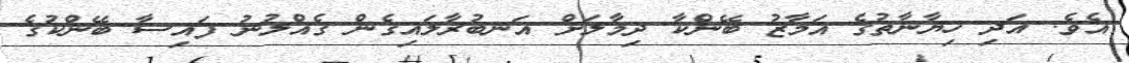
އެވެ. އަދި ހިޔާނާތުގެ އަމާޒު ބޭންކާ ދިމާލަށް އަނބުރާލައިގެން ގެއްލުނު ފައިސާ ބޭންކުގެ